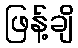
ဖြန့်ချိ